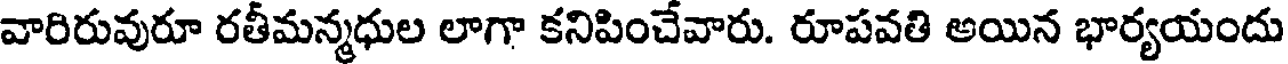
వారిరువురూ రతీమన్మధుల లాగా కనిపించేవారు. రూపవతి అయిన భార్యయందు